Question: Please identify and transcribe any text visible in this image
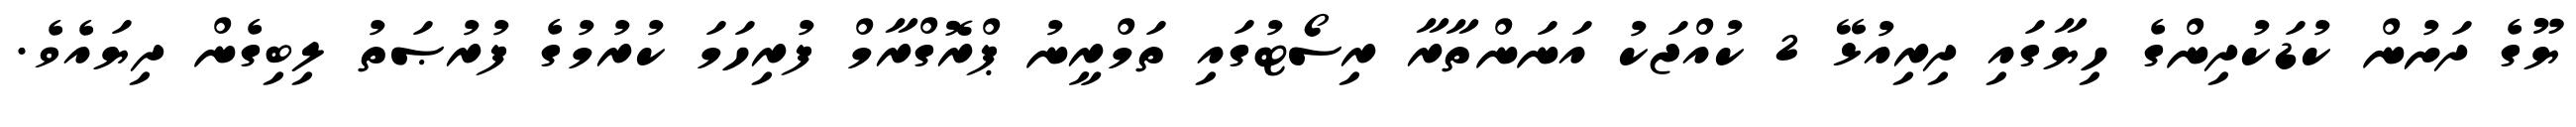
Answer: ޔޫގެ ދަށުން ކުޑަކުދިންގެ ހިޔާގައި ދިރިއުޅޭ 2 ކުއްޖަކު އަނަންތާރާ ރިސޯޓުގައި ތަމްރީނު ޕްރޮގްރާމް ފުރިހަމަ ކުރުމުގެ ފުރުޞަތު ލިބިގެން ދިޔައެވެ.